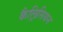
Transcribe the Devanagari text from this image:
कैल्रिसियन